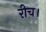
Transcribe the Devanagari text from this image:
रीच।